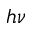
h \nu